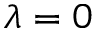
\lambda = 0